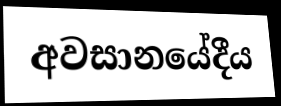
අවසානයේදීය